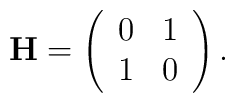
{\bf H} = \left(\begin{array}{cc}0&1\\1&0\end{array}\right).